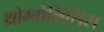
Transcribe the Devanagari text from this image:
थ्रोम्बोलिसिस